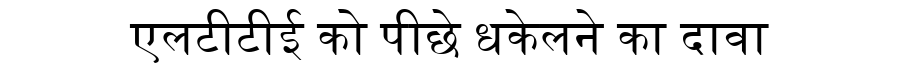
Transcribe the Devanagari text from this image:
एलटीटीई को पीछे धकेलने का दावा